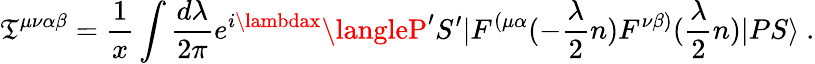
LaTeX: {\cal\mathfrak{T}}^{\mu\nu\alpha\beta}={\frac{{1}}{{x}}}\int{\frac{{d\lambda}}{{2\pi}}}e^{i\lambdax}\langleP^{\prime}S^{\prime}|F^{(\mu\alpha}(-{\frac{{\lambda}}{{2}}}n)F^{\nu\beta)}({\frac{{\lambda}}{{2}}}n)|PS\rangle\ .